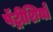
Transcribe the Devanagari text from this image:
पॅट्रीशियो